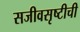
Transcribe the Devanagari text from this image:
सजीवसृष्टीची